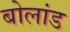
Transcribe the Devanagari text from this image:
बोलांड